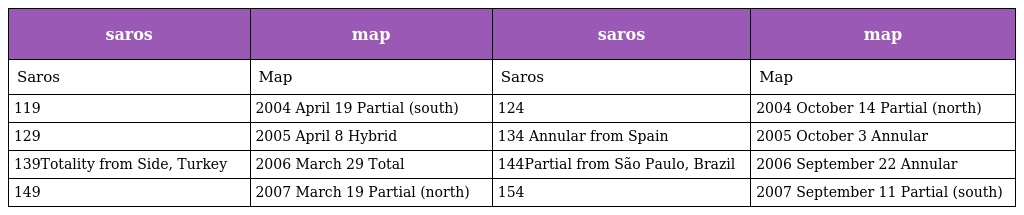
| saros | map | saros | map |
 | --- | --- | --- | --- |
 | Saros | Map | Saros | Map |
 | 119 | 2004 April 19 Partial (south) | 124 | 2004 October 14 Partial (north) |
 | 129 | 2005 April 8 Hybrid | 134 Annular from Spain | 2005 October 3 Annular |
 | 139Totality from Side, Turkey | 2006 March 29 Total | 144Partial from São Paulo, Brazil | 2006 September 22 Annular |
 | 149 | 2007 March 19 Partial (north) | 154 | 2007 September 11 Partial (south) |